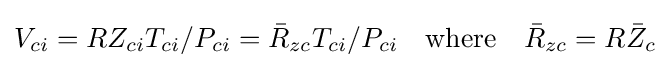
V_{ci}=RZ_{ci}T_{ci}/P_{ci}={\bar {R}}_{zc}T_{ci}/P_{ci}\quad {\text{where}}\quad {\bar {R}}_{zc}=R{\bar {Z}}_{c}